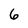
Character: 6